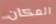
المكان